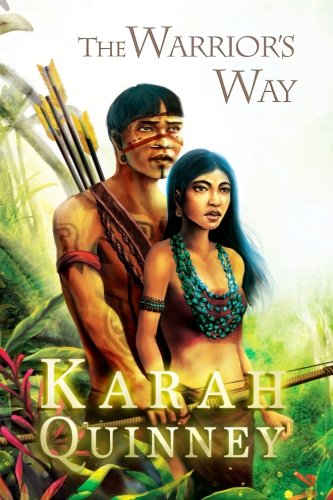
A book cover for The Warrior's Way; Karah Quinney; Romance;